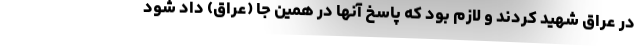
در عراق شهید کردند و لازم بود که پاسخ آنها در همین جا (عراق) داد شود